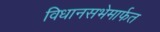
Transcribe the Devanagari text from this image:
विधानसभेमार्फत